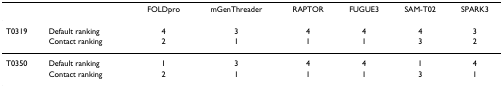
|  |  | FOLDpro | mGenThreader | RAPTOR | FUGUE3 | SAM-T02 | SPARK3 |
 | --- | --- | --- | --- | --- | --- | --- | --- |
 | T0319 | Default ranking | 4 | 3 | 4 | 4 | 4 | 3 |
 |  | Contact ranking | 2 | 1 | 1 | 1 | 3 | 2 |
 | T0350 | Default ranking | 1 | 3 | 4 | 4 | 1 | 4 |
 |  | Contact ranking | 2 | 1 | 1 | 1 | 3 | 1 |